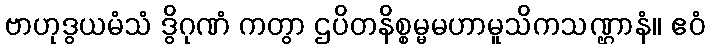
ဗာဟုဒွယမံသံ ဒွိဂုဏံ ကတွာ ဌပိတနိစ္စမ္မမဟာမူသိကသဏ္ဌာနံ။ ဧဝံ